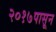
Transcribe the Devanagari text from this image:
२०१७पासून